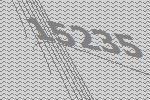
15235